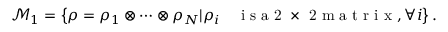
\mathcal { M } _ { 1 } = \left\{ { \rho } = { \rho } _ { 1 } \otimes \cdots \otimes { \rho } _ { N } | { \rho } _ { i } \quad \mathrm { ~ i ~ s ~ a ~ 2 ~ \times ~ 2 ~ m ~ a ~ t ~ r ~ i ~ x ~ } , \forall i \right\} .